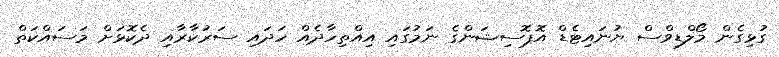
ގުޅިގެން މޯލްޑިވްސް ޔުނައިޓެޑް އޮޕޮސިޝަންގެ ނަމުގައި އިއްތިހާދެއް ހަދައި ސަރުކާރާއި ދެކޮޅަށް މަސައްކަތް